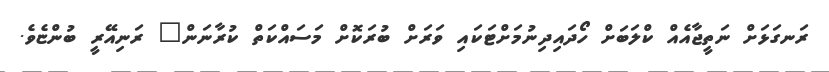
ރަނގަޅަށް ނަތީޖާއެއް ކްލަބަށް ހޯދައިދިނުމަށްޓަކައި ވަރަށް ބުރަކޮށް މަސައްކަތް ކުރާނަން" ރަނިއޭރީ ބުންޏެވެ.